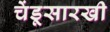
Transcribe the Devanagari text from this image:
चेंडूसारखी